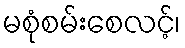
မစုံစမ်းစေလင့်၊